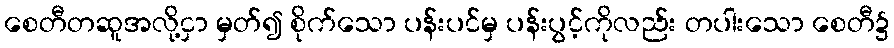
စေတီတဆူအလို့ငှာ မှတ်၍ စိုက်သော ပန်းပင်မှ ပန်းပွင့်ကိုလည်း တပါးသော စေတီ၌